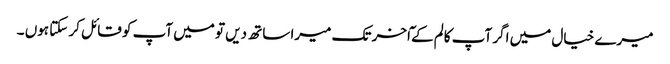
میرے خیال میں اگر آپ کالم کے ٓاخر تک میرا ساتھ دیں تو میں آپ کو قائل کر سکتا ہوں ۔